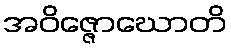
အဝိဇ္ဇောဃောတိ